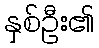
နှစ်ဦး၏